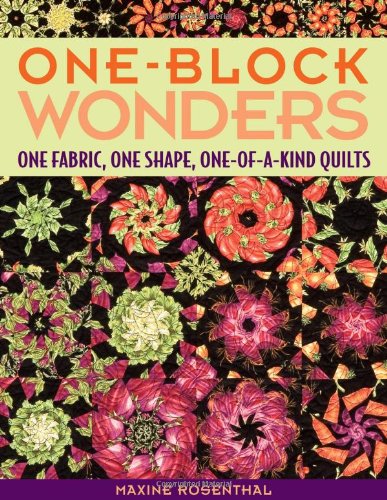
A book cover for One-Block Wonders: One Fabric, One Shape, One-of-a-Kind Quilts; Maxine Rosenthal; Crafts, Hobbies & Home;